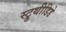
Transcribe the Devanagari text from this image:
स्ट्रुथीडिडे